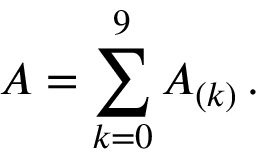
A = \sum _ { k = 0 } ^ { 9 } A _ { ( k ) } \, .